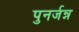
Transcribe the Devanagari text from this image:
पुनर्जन्न